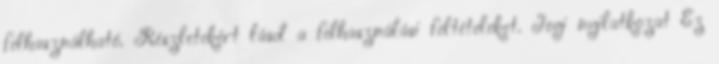
felhasználható. Részletekért lásd a felhasználási feltételeket. Jogi nyilatkozat Ez